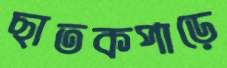
ছাতকপাড়ে